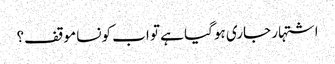
اشتہار جاری ہوگیا ہے تو اب کونسا موقف؟